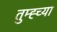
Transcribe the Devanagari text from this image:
तुम्ह्च्या